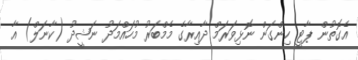
އެގޮތުން ޕާޓީ ހިންގަން ނޮޅިވަރަމް ދާއިރާގެ މެމްބަރު މުހައްމަދު ނަޝީދު (ކާނަލް) އާ